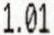
1.01